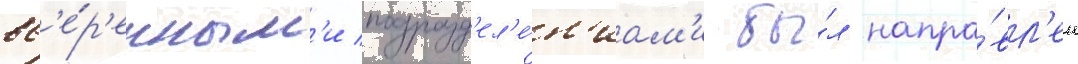
вв'е́р'енным'и подразд'ел'е́н'иам'и бы́л напра́вл'ен